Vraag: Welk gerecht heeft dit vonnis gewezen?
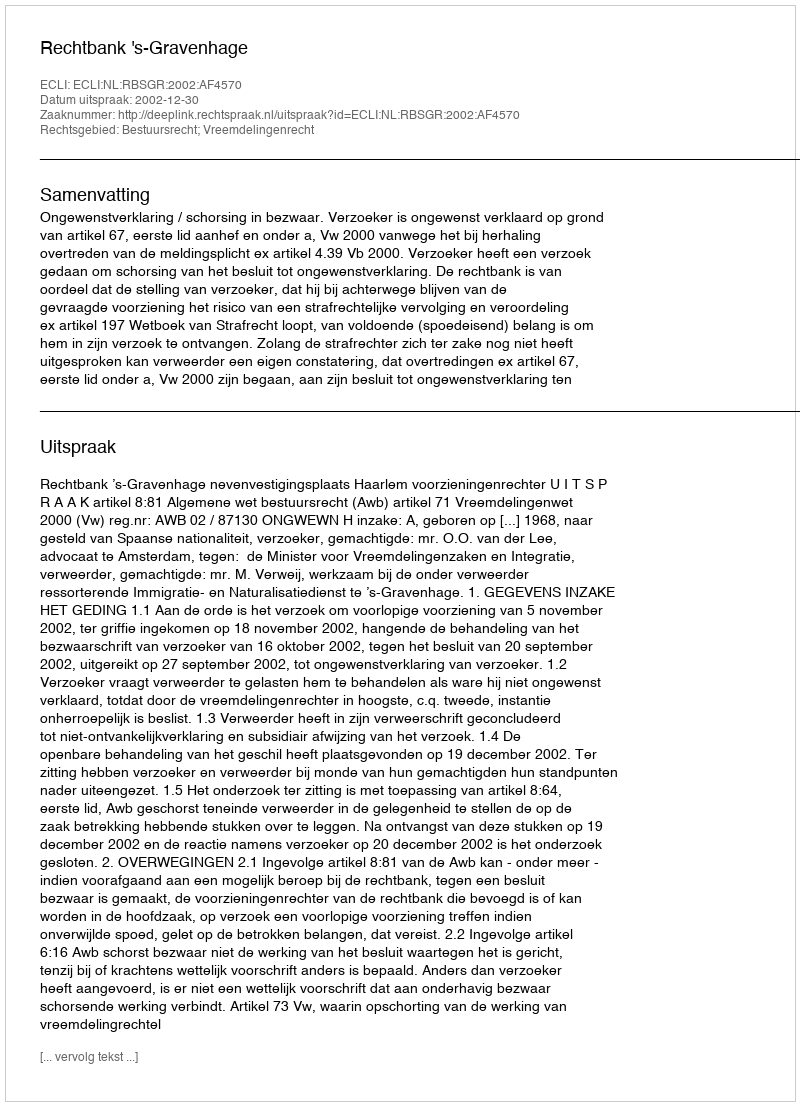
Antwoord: Rechtbank 's-Gravenhage